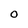
Character: O